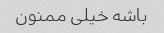
باشه خیلی ممنون